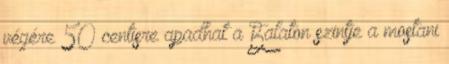
végére 50 centisre apadhat a Balaton szintje a mostani